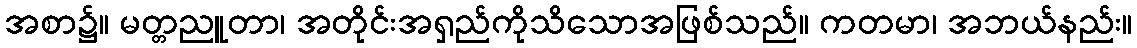
အစာ၌။ မတ္တညူတာ၊ အတိုင်းအရှည်ကိုသိသောအဖြစ်သည်။ ကတမာ၊ အဘယ်နည်း။